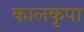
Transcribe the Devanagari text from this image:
कालकृपा